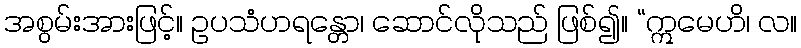
အစွမ်းအားဖြင့်။ ဥပသံဟရန္တော၊ ဆောင်လိုသည် ဖြစ်၍။ “ဣမေဟိ၊ လ။